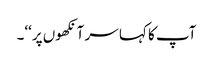
آپ کا کہا سر آنکھوں پر‘‘۔